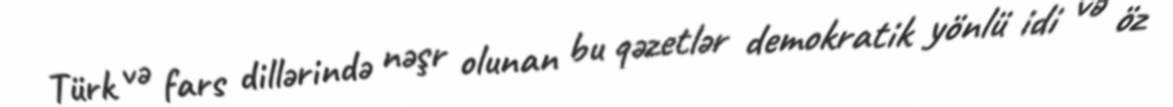
Türk və fars dillərində nəşr olunan bu qəzetlər demokratik yönlü idi və öz